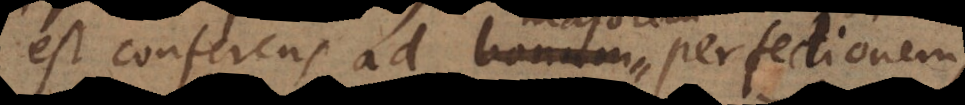
conferens ad bonum perfectionem,